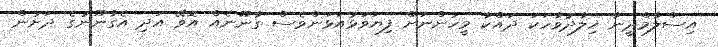
އިސްލާމްދީނާ ޚިލާދުވާހަކަ ދައްކާ މީހުންނަށް ފިޔަވަޅުއަޅަންވެސް ގާނޫނެއް އޮވޭ އަދި އެގާނޫނުގެ ދަށުން